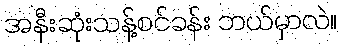
အနီးဆုံးသန့်စင်ခန်း ဘယ်မှာလဲ။